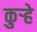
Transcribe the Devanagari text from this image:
कुऱ्हे